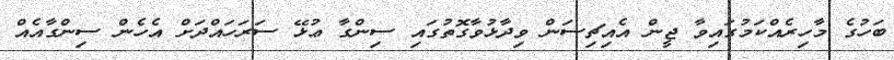
ބަހުގެ މާހިރެއްކަމުގައިވާ ޖީން އެއިޗިސަން ވިދާޅުވާގޮތުގައި ސިންގާ ޢުޅޭ ސަރަހައްދަށް އެހެން ސިންގާއެއް